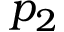
p _ { 2 }